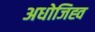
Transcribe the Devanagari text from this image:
अधोजिह्व